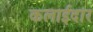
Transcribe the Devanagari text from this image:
कलाईदार